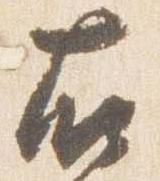
右